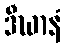
ဒီဃာနံ